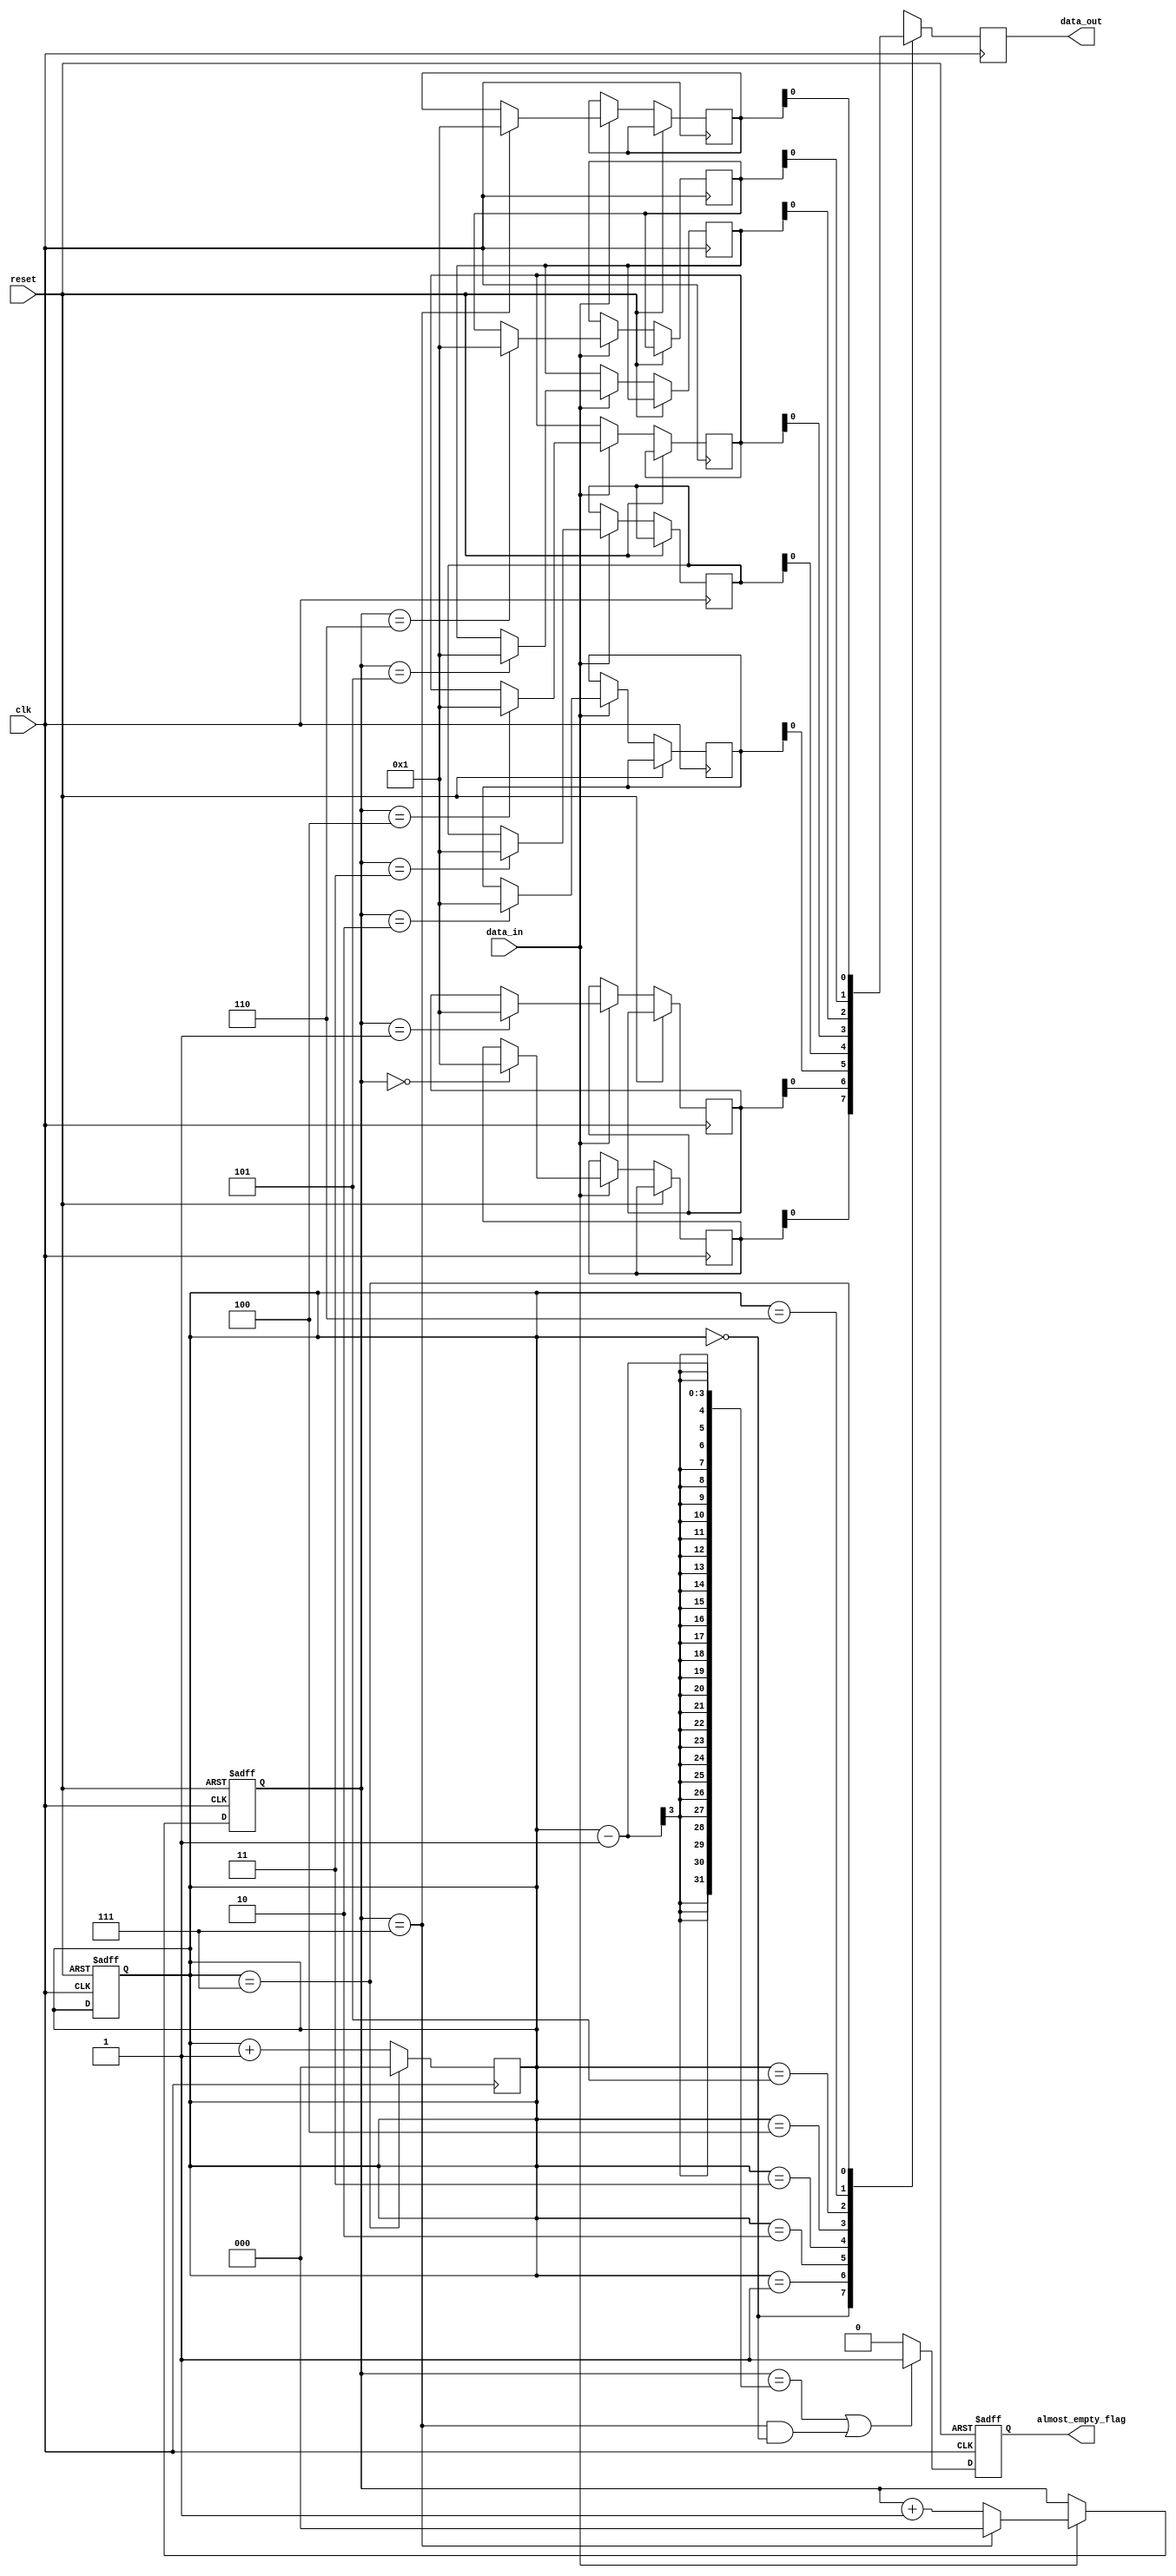
module AlmostEmpty_FIFO (
  input wire clk,
  input wire reset,
  input wire data_in,
  output wire data_out,
  output wire almost_empty_flag
);

// Parameters
parameter THRESHOLD = 4;

// Variables
reg [7:0] fifo_buffer [0:7];
reg [2:0] write_ptr;
reg [2:0] read_ptr;
reg almost_empty_flag;

// Timing control logic
always @(posedge clk or posedge reset) begin
  if (reset) begin
    write_ptr <= 0;
    read_ptr <= 0;
    almost_empty_flag <= 0;
  end
  else begin
    if (write_ptr == read_ptr - 1 || write_ptr == 7 && read_ptr == 0) begin
      almost_empty_flag <= 1;
    end
    else begin
      almost_empty_flag <= 0;
    end
    
    if (data_in) begin
      fifo_buffer[write_ptr] <= data_in;
      write_ptr <= (write_ptr == 7) ? 0 : write_ptr + 1;
    end
  end
end

// Synchronization blocks
always @(posedge clk) begin
  data_out <= fifo_buffer[read_ptr];
  read_ptr <= (read_ptr == 7) ? 0 : read_ptr + 1;
end

endmodule